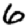
Digit: 6